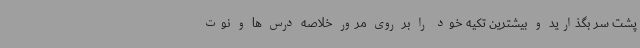
پشت سر بگذارید و بیشترین تکیه خود را بر روی مرور خلاصه درس ها و نوت